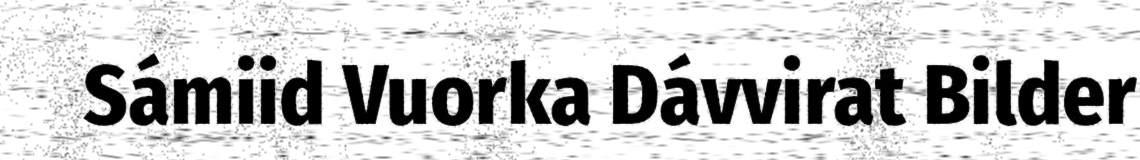
Sámiid Vuorka Dávvirat Bilder